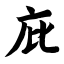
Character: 庇